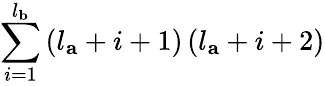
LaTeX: \sum_{i=1}^{l_{\mathbf{b}}}\left(l_{\mathbf{a}}+i+1\right)\left(l_{\mathbf{a}}+i+2\right)